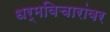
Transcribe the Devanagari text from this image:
धर्मविचारांवर